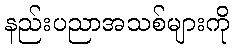
နည်းပညာအသစ်များကို